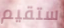
ستقيم